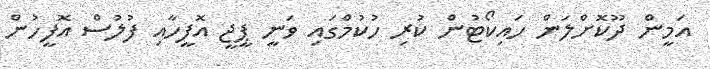
އަމީން ދޫކޮށްލަން ހައިކޯޓުން ކުރި ހުކުމްގައި ވަނީ ޕީޖީ އޮފީހާއި ފުލުސް އޮފީހުން